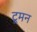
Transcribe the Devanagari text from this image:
टूमन